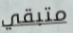
متبقي